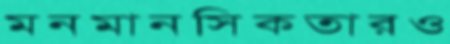
মনমানসিকতারও